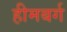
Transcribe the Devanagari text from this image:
हीमबर्ग